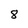
Character: 8